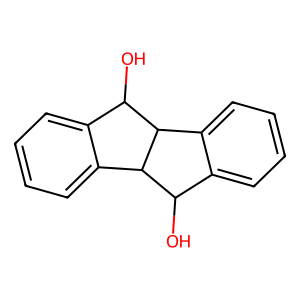
SMILES: OC1c2ccccc2C2C(O)c3ccccc3C12
Inhibits HIV replication: No